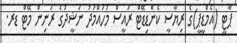
ޕާޓީ (އެމްޑީޕީ)ގެ ރިޔާސީ ކެންޑިޑޭޓް ރައީސް މުހައްމަދު ނަޝީދުގެ ރަނިން މޭޓް ޑރ.